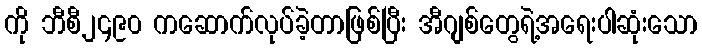
ကို ဘီစီ၂၄၉၀ ကဆောက်လုပ်ခဲ့တာဖြစ်ပြီး အီဂျစ်တွေရဲ့အရေးပါဆုံးသော